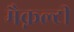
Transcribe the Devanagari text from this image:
मैक्नल्टी